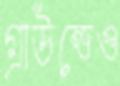
গ্রাউন্ডেও